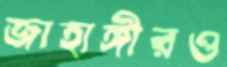
জাহাঙ্গীরও